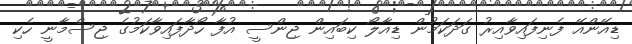
ޑިއޭންއޭ ފެނިފައިވާއިރު ގަދަކަމުން ޑިއާލޯ ކިބައިން ޖިންސީ އުފާ ހޯދާފައިވާކަމުގެ ޖިސްމާނީ ހެކި